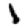
Digit: 1